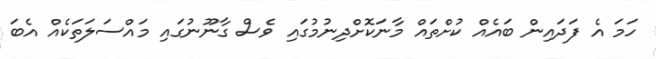
ހަމަ އެ ފަދައިން ބައެއް ކުށްތައް މާނަކޮށްދިނުމުގައި ވެސް ގާނޫނުގައި މައްސަލަތަކެއް އެބަ